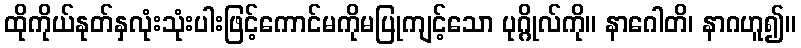
ထိုကိုယ်နုတ်နှလုံးသုံးပါးဖြင့်ကောင်မကိုမပြုကျင့်သော ပုဂ္ဂိုလ်ကို။ နာဂေါတိ၊ နာဂဟူ၍။